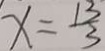
x = \frac { 1 3 } { 3 }